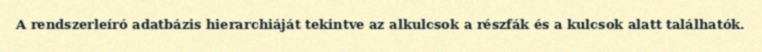
A rendszerleíró adatbázis hierarchiáját tekintve az alkulcsok a részfák és a kulcsok alatt találhatók.